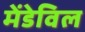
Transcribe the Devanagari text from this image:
मेंडेविल